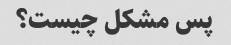
پس مشکل چیست؟